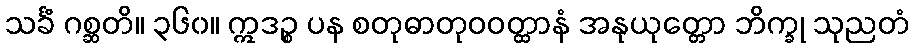
သင်္ခံ ဂစ္ဆတိ။ ၃၆၀။ ဣဒဉ္စ ပန စတုဓာတုဝဝတ္ထာနံ အနုယုတ္တော ဘိက္ခု သုညတံ